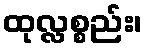
ထုလ္လစ္စည်း၊